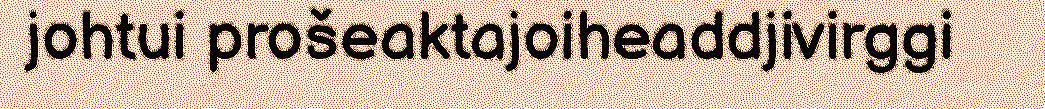
johtui prošeaktajoiheaddjivirggi